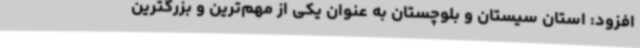
افزود: استان سیستان و بلوچستان به عنوان یکی از مهم‌ترین و بزرگترین